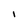
Character: I